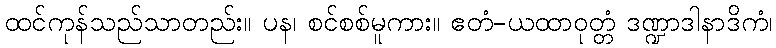
ထင်ကုန်သည်သာတည်း။ ပန၊ စင်စစ်မူကား။ ဧတံ-ယထာဝုတ္တံ ဒဏ္ဍာဒါနာဒိကံ၊